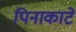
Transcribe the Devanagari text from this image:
पिनाकाटे